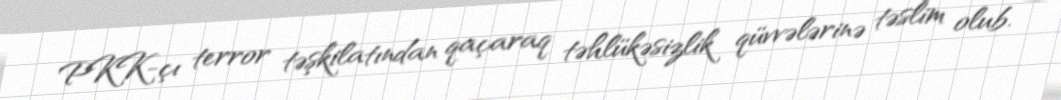
PKK-çı terror təşkilatından qaçaraq təhlükəsizlik qüvvələrinə təslim olub.